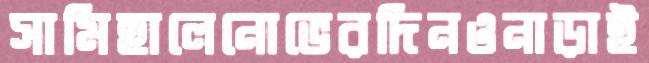
সামিহালেনোভেরদিনওনাড়াই